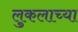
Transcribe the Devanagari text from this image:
लुकलाच्या